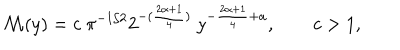
LaTeX: \mathcal { M } ( y ) = c \ \pi ^ { - 1 / 2 } 2 ^ { - ( \frac { 2 \alpha + 1 } { 4 } ) } \ y ^ { - \frac { 2 \alpha + 1 } { 4 } + a } , \qquad c > 1 ,